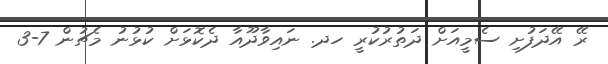
ރޭ އޭދަފުށި ސެމީއަށް ދަތުރުކުރީ ހދ. ނައިވާދޫއާ ދެކޮޅަށް ކުޅުނު މެޗުން 7-3